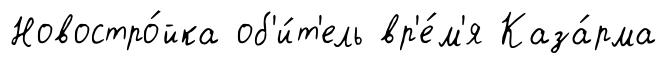
Новостро́йка об'и́т'ель вр'е́м'я Каза́рма